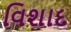
વિશાદ